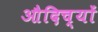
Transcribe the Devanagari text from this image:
औदिच्यों